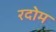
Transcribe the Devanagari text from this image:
रदोम